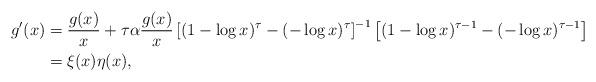
LaTeX: \begin{align*} g'(x) &= \frac{g(x)}{x} + \tau\alpha\frac{g(x)}{x} \left[(1-\log x)^\tau - (-\log x)^\tau \right]^{-1} \left[(1-\log x)^{\tau-1}- (-\log x)^{\tau-1} \right]\\ &= \xi(x)\eta(x), \end{align*}